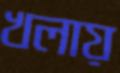
খলায়